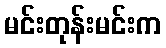
မင်းတုန်းမင်းက